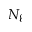
N _ { \ell }